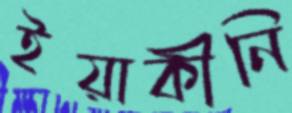
ইয়াকীনি